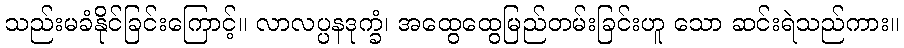
သည်းမခံနိုင်ခြင်းကြောင့်။ လာလပ္ပနဒုက္ခံ၊ အထွေထွေမြည်တမ်းခြင်းဟူ သော ဆင်းရဲသည်ကား။